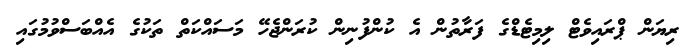
ރިޔަން ޕްރައިވެޓް ލިމިޓެޑްގެ ފަރާތުން އެ ކުންފުނިން ކުރަންޖެހޭ މަސައްކަތް ތަކުގެ އެއްބަސްވުމުގައި